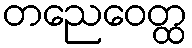
တညေဝေတ္ထ